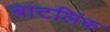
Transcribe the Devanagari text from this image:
बाटलिंक